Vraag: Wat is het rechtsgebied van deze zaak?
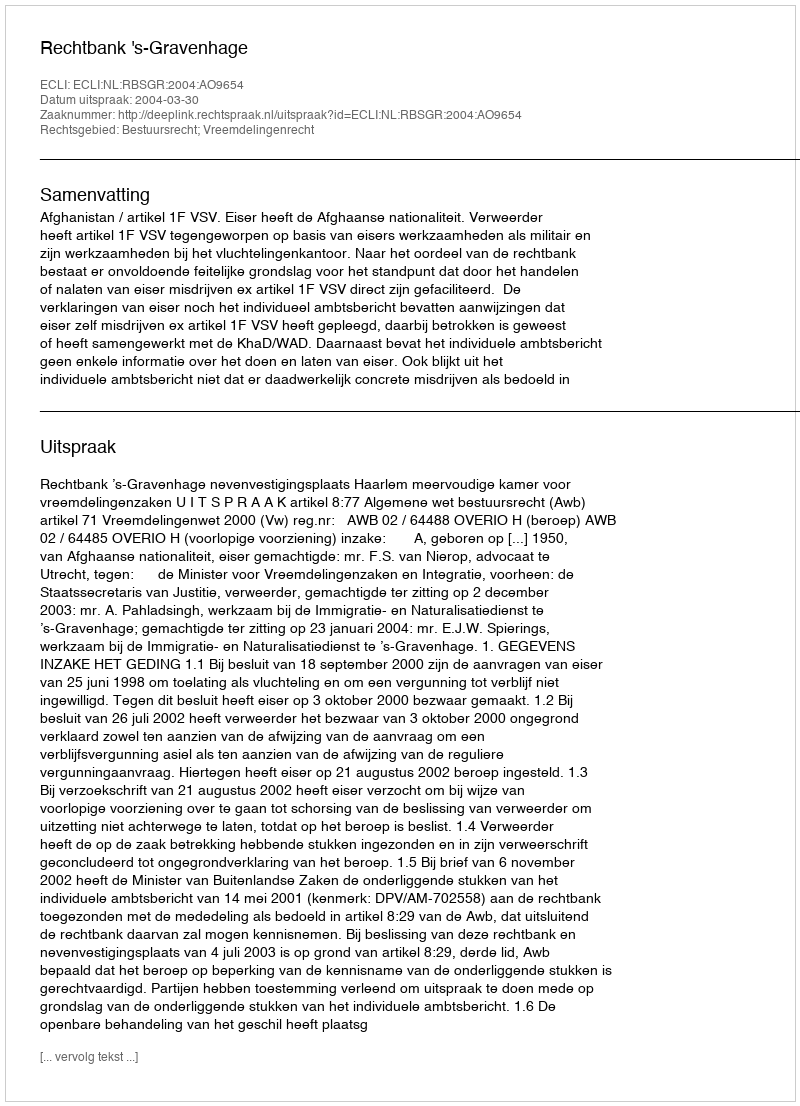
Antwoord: Bestuursrecht; Vreemdelingenrecht